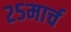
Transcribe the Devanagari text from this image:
२५मार्च